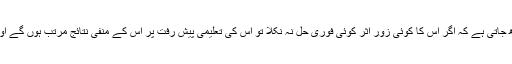
اِس احساس میں مزید تکلیف یوں بھی بڑھ جاتی ہے کہ اگر اِس کا کوئی زور اثر کوئی فوری حل نہ نکلا تو اُس کی تعلیمی پیش رفت پر اس کے منفی نتائج مرتب ہوں گے اور اُس کا آنے والا مستقبل داؤ پر لگا ہے۔